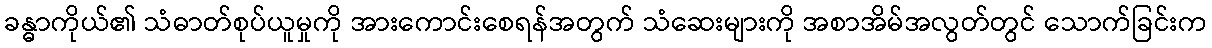
ခန္ဓာကိုယ်၏ သံဓာတ်စုပ်ယူမှုကို အားကောင်းစေရန်အတွက် သံဆေးများကို အစာအိမ်အလွတ်တွင် သောက်ခြင်းက